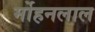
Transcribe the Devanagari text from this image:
र्मोहनलाल